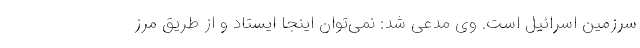
سرزمین اسرائیل است. وی مدعی شد: نمی‌توان اینجا ایستاد و از طریق مرز